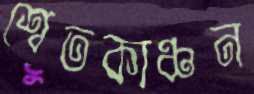
শ্বেতকাঞ্চন